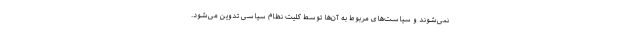
نمی‌شوند و سیاست‌های مربوط به آن‌ها توسط کلیت نظام سیاسی تدوین می‌شود.